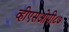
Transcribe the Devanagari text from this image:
व्हीएसओपी८७